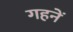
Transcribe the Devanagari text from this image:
गहनें